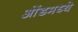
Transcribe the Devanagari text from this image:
ओंडमध्ये